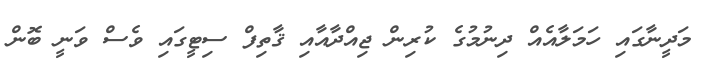
މަދީނާގައި ހަމަލާއެއް ދިނުމުގެ ކުރިން ޖިއްދާއާއި ޤާތިފް ސިޓީގައި ވެސް ވަނީ ބޮން